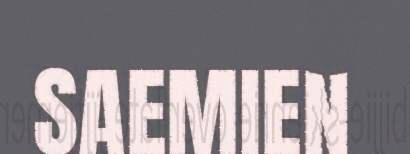
SAEMIEN